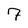
Character: 7